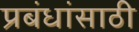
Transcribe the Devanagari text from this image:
प्रबंधांसाठी